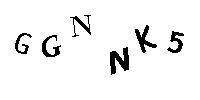
GGNNK5